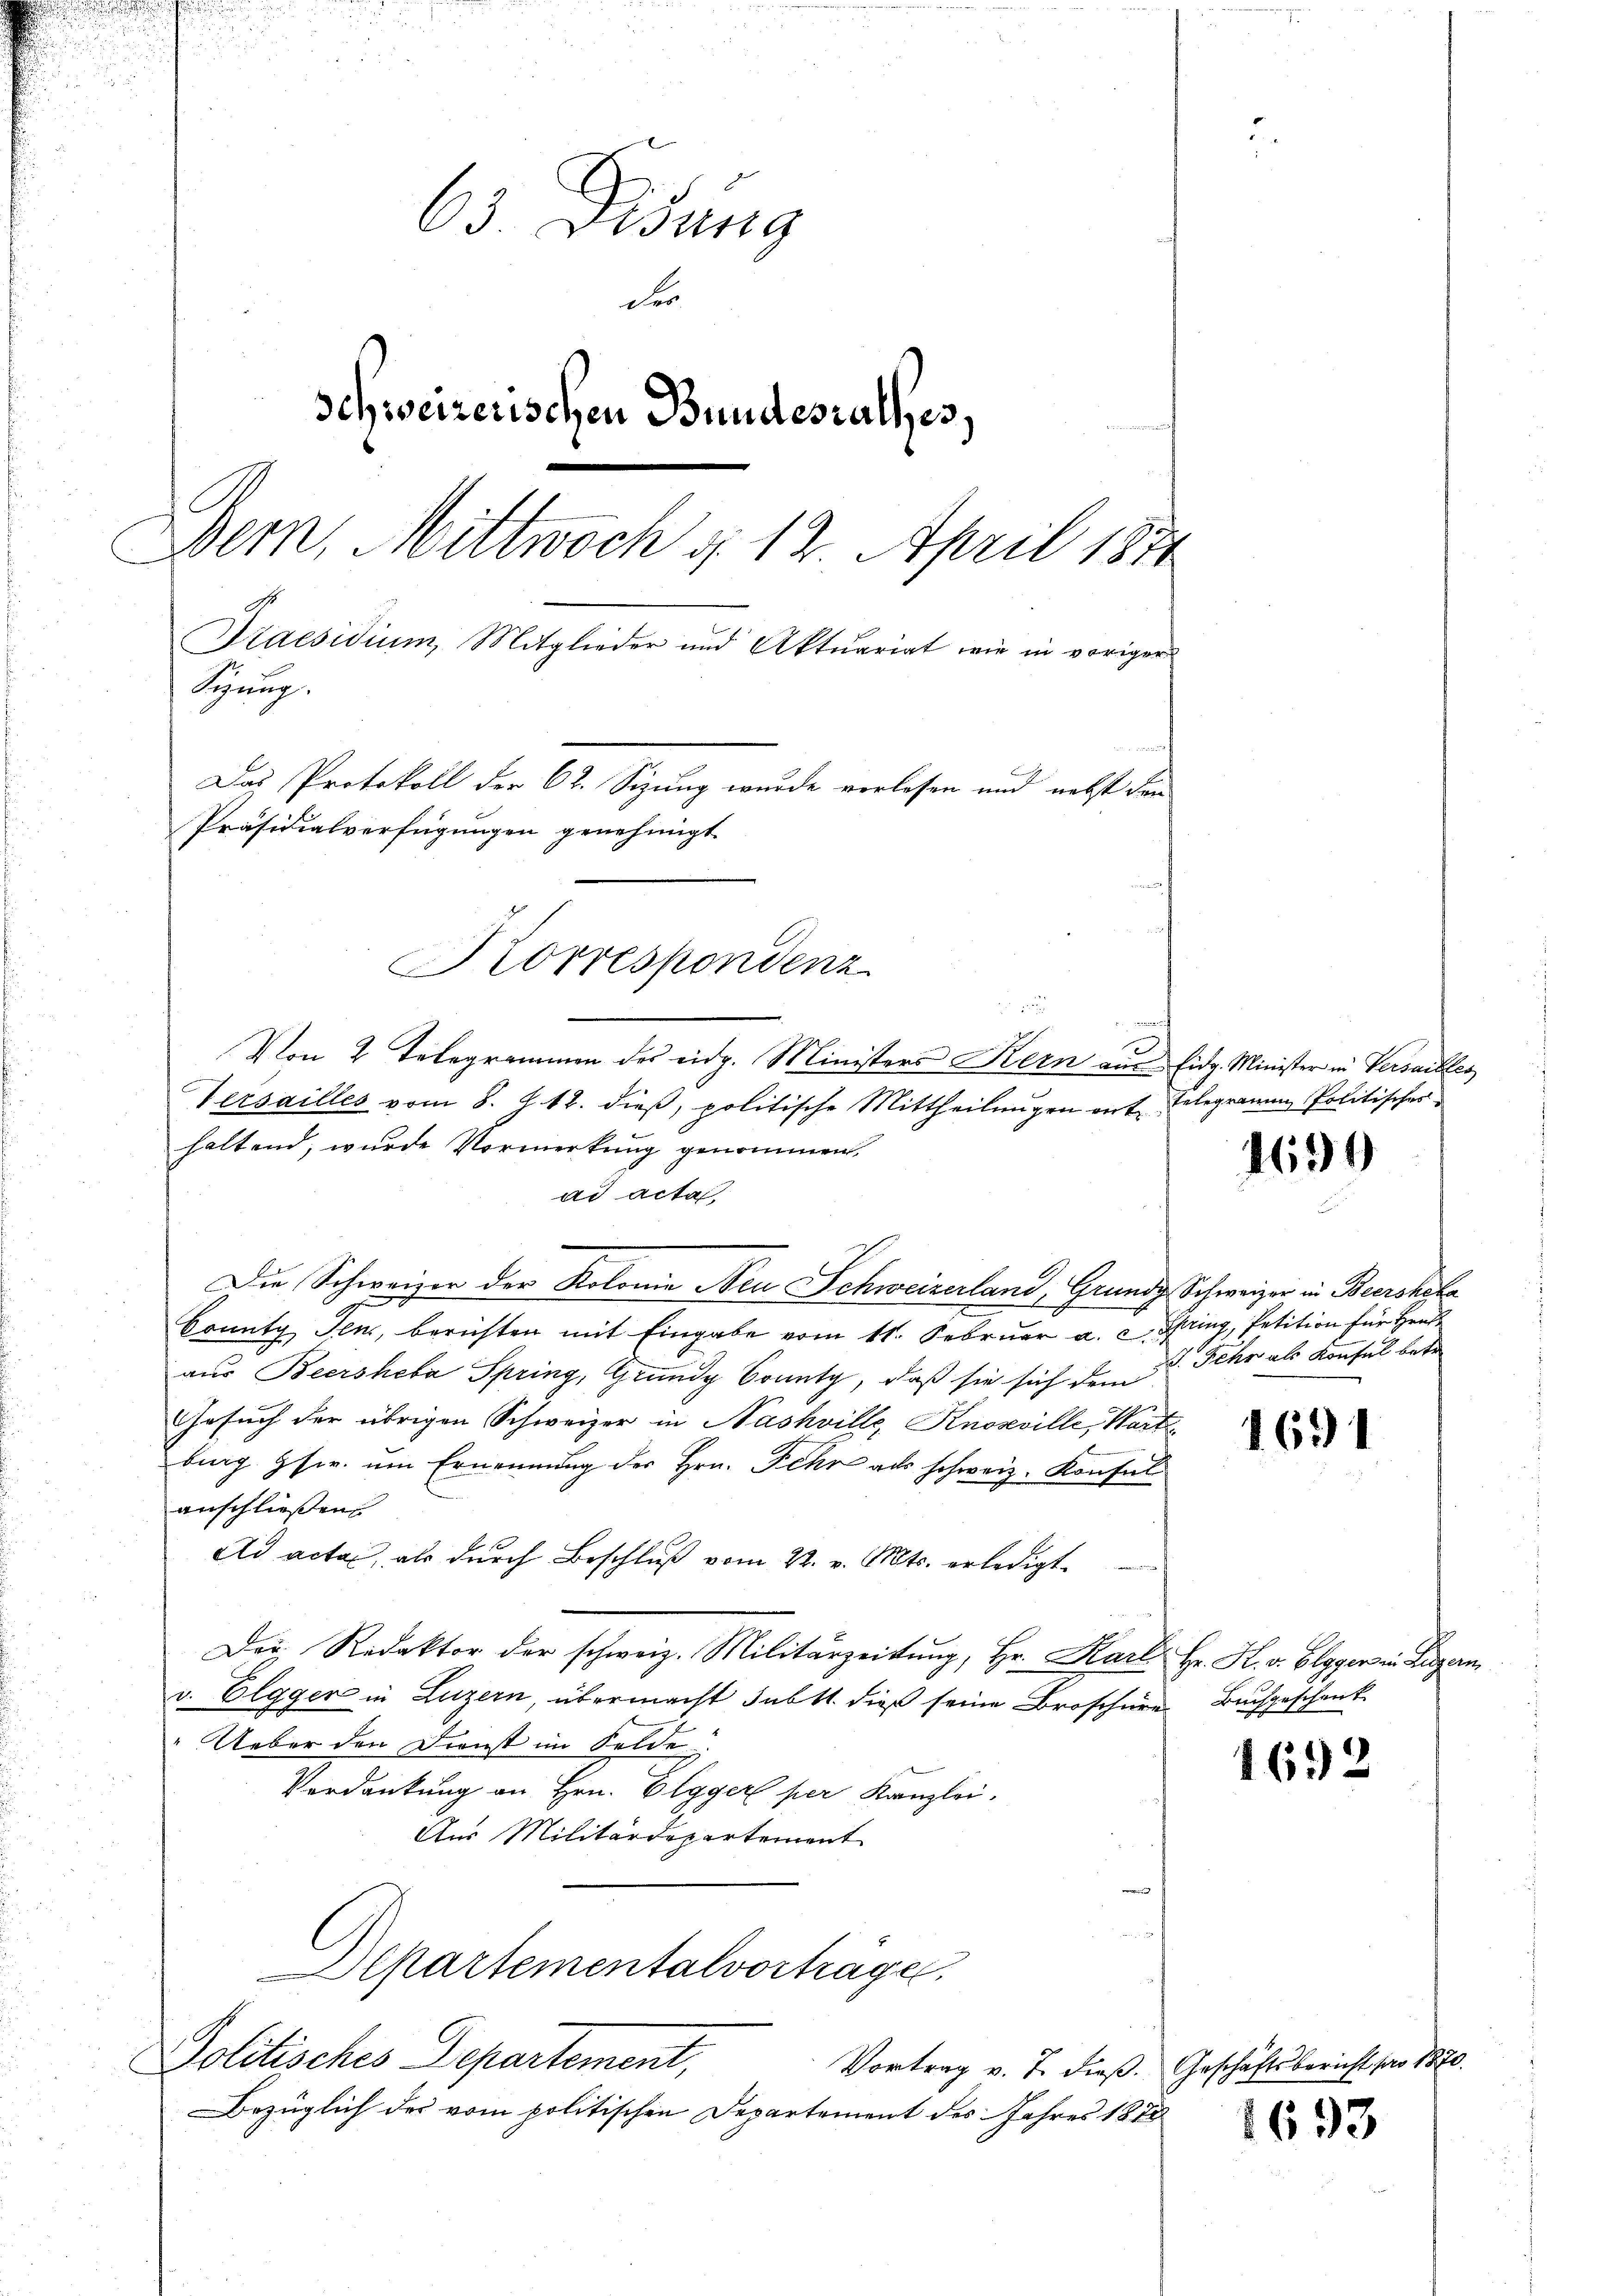
63. Lesung
des
schweizerischen Bundestalles.
Bern, Mittwoch § 12. April 1874
Praesidium, Mitglieder und Aktuariat wie in voriger
Brug
Das Protokoll der 62. Sizung wurde vorlesen und nebst den
Präsidialverfügungen genehmigt

1
Von 2 Telegrammen des eidg. Ministers Kern ein Eidg. Minister in Versailles
Versailles vom 8. d. 12. dieß, politische Mittheilungen mit Telegramm Politisches
haltend, wurde Vormerkung genommen.
ad acta,
Die Schweizer der Kolonie Neu Schweizerland, Grundz Schweizer in Bedroheke
County Jens, berichten mit Eingabe vom 11. Februar a. c. Spring, Petition für Hrn
aus Beersheba Spring, Grundg Sonnte, daß sie sich dem
Gesuch der übrigen Schweizer in Nashville, Knoseville, Warten
burg Gser. um Ernennung der Hrn. Fehr als schweiz. Konsul
anschließen
Ad actas, als durch Beschluß vom 22. v. Mts. erledigt.
Das Redaktor der schweiz. Militärzeitung, Hr. Karl Hr. K. v. Elgger in Luzern
v. Elgger in Luzern, übermacht Inbtt. dieß seine Broschüre Buchgeschenk
" Ueber den Dienst im Felde
Verdankung an Hrn. Elgger per Kanzlei.
Aus Militärdepartement
sartementalvorträger
Politisches Departement,
Vortrag v. J. dieß. Geschäftsbericht pro 1870.
Bezüglich des vom politischen Departement des Jahres 1878

Korrespondenz
d
—

1690

I. Sehr als Konfel betr

1691

4692

1693